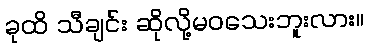
ခုထိ သီချင်း ဆိုလို့မဝသေးဘူးလား။